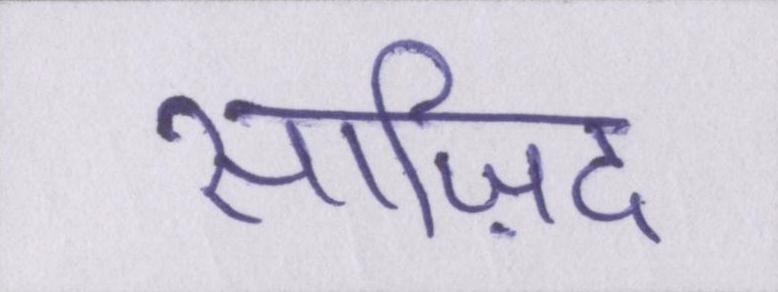
साज़िद